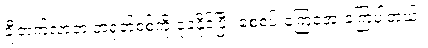
ချီတက်လာတဲ့ တရုတ်စစ်ကို ခုခံနိုင်ပြီး စေ့စပ် ကြေအေးခဲ့ကြပါတယ်။